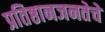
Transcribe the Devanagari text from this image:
प्रतिष्ठानजनतेचे